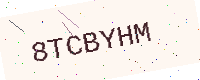
Text: 8TCBYHM